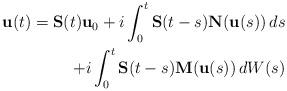
LaTeX: \begin{align*} \mathbf u(t) = \mathbf S(t) \mathbf u_0 + i \int_0^t \mathbf S(t-s) \mathbf N(\mathbf u(s)) \, ds \\ + i \int_0^t \mathbf S(t-s) \mathbf M(\mathbf u(s)) \, dW(s)\end{align*}